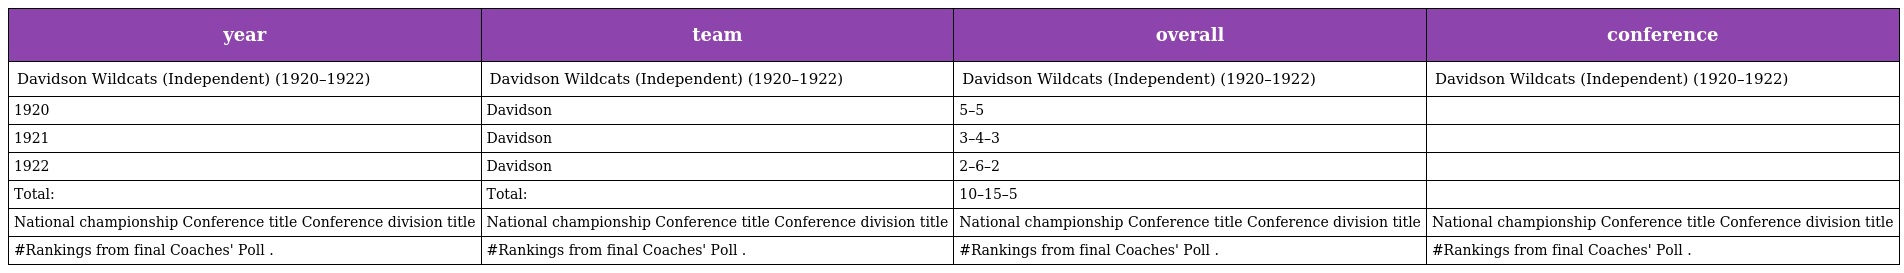
| year | team | overall | conference |
 | --- | --- | --- | --- |
 | Davidson Wildcats (Independent) (1920–1922) | Davidson Wildcats (Independent) (1920–1922) | Davidson Wildcats (Independent) (1920–1922) | Davidson Wildcats (Independent) (1920–1922) |
 | 1920 | Davidson | 5–5 |  |
 | 1921 | Davidson | 3–4–3 |  |
 | 1922 | Davidson | 2–6–2 |  |
 | Total: | Total: | 10–15–5 |  |
 | National championship Conference title Conference division title | National championship Conference title Conference division title | National championship Conference title Conference division title | National championship Conference title Conference division title |
 | #Rankings from final Coaches' Poll . | #Rankings from final Coaches' Poll . | #Rankings from final Coaches' Poll . | #Rankings from final Coaches' Poll . |